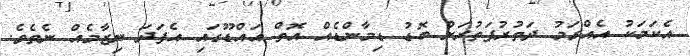
އެކަމަކު އެއްގަމު ދަތުރުފަތުރަށް ބޮޑު ޑިމާންޑެއް އޮތް އައްޑޫގައި އެފަދަ ނިޒާމެއް ނެތެވެ.